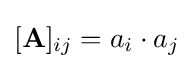
[\mathbf {A} ]_{ij}=a_{i}\cdot a_{j}